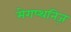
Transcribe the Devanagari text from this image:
मेगष्थनिज़